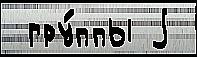
 гру́ппы j